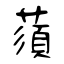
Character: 蕦